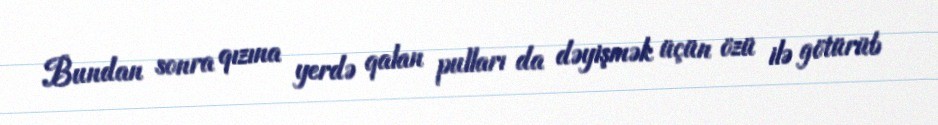
Bundan sonra qızına yerdə qalan pulları da dəyişmək üçün özü ilə götürüb